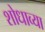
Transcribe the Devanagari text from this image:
शोधाव्या